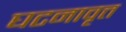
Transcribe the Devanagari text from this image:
घटनावृत्त